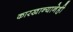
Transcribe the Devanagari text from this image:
कारखान्यानेही